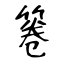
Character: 箞